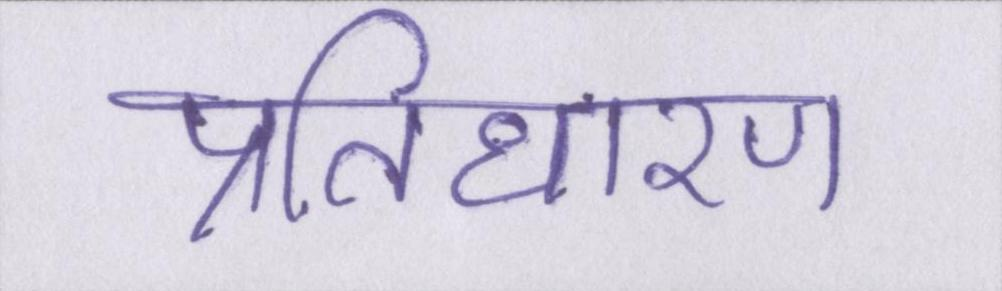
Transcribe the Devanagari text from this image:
प्रतिधारण